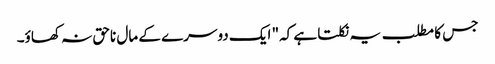
جس کا مطلب یہ نکلتا ہے کہ" ایک دوسرے کے مال ناحق نہ کھاؤ۔